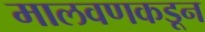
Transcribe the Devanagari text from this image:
मालवणकडून